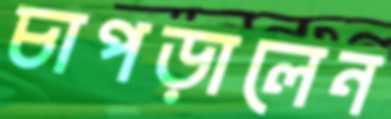
চাপড়ালেন